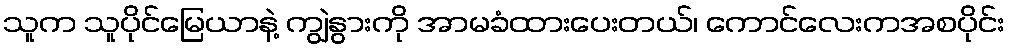
သူက သူပိုင်မြေယာနဲ့ ကျွဲနွားကို အာမခံထားပေးတယ်၊ ကောင်လေးကအစပိုင်း